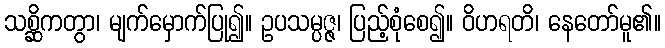
သစ္ဆိကတွာ၊ မျက်မှောက်ပြု၍။ ဥပသမ္ပဇ္ဇ၊ ပြည့်စုံစေ၍။ ဝိဟရတိ၊ နေတော်မူ၏။